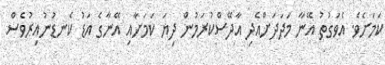
ކަމަށެވެ. އެވަގުތު އޭނާ މަދަދަށްއެދި އާދޭސްކުރަމުން ދިޔަ ކަމަށާއި އޭނާގެ އަޑު ކެނޑުނުއިރުވެސް